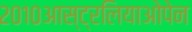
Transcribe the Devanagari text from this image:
२०१०आस्ट्रलियाओपेन